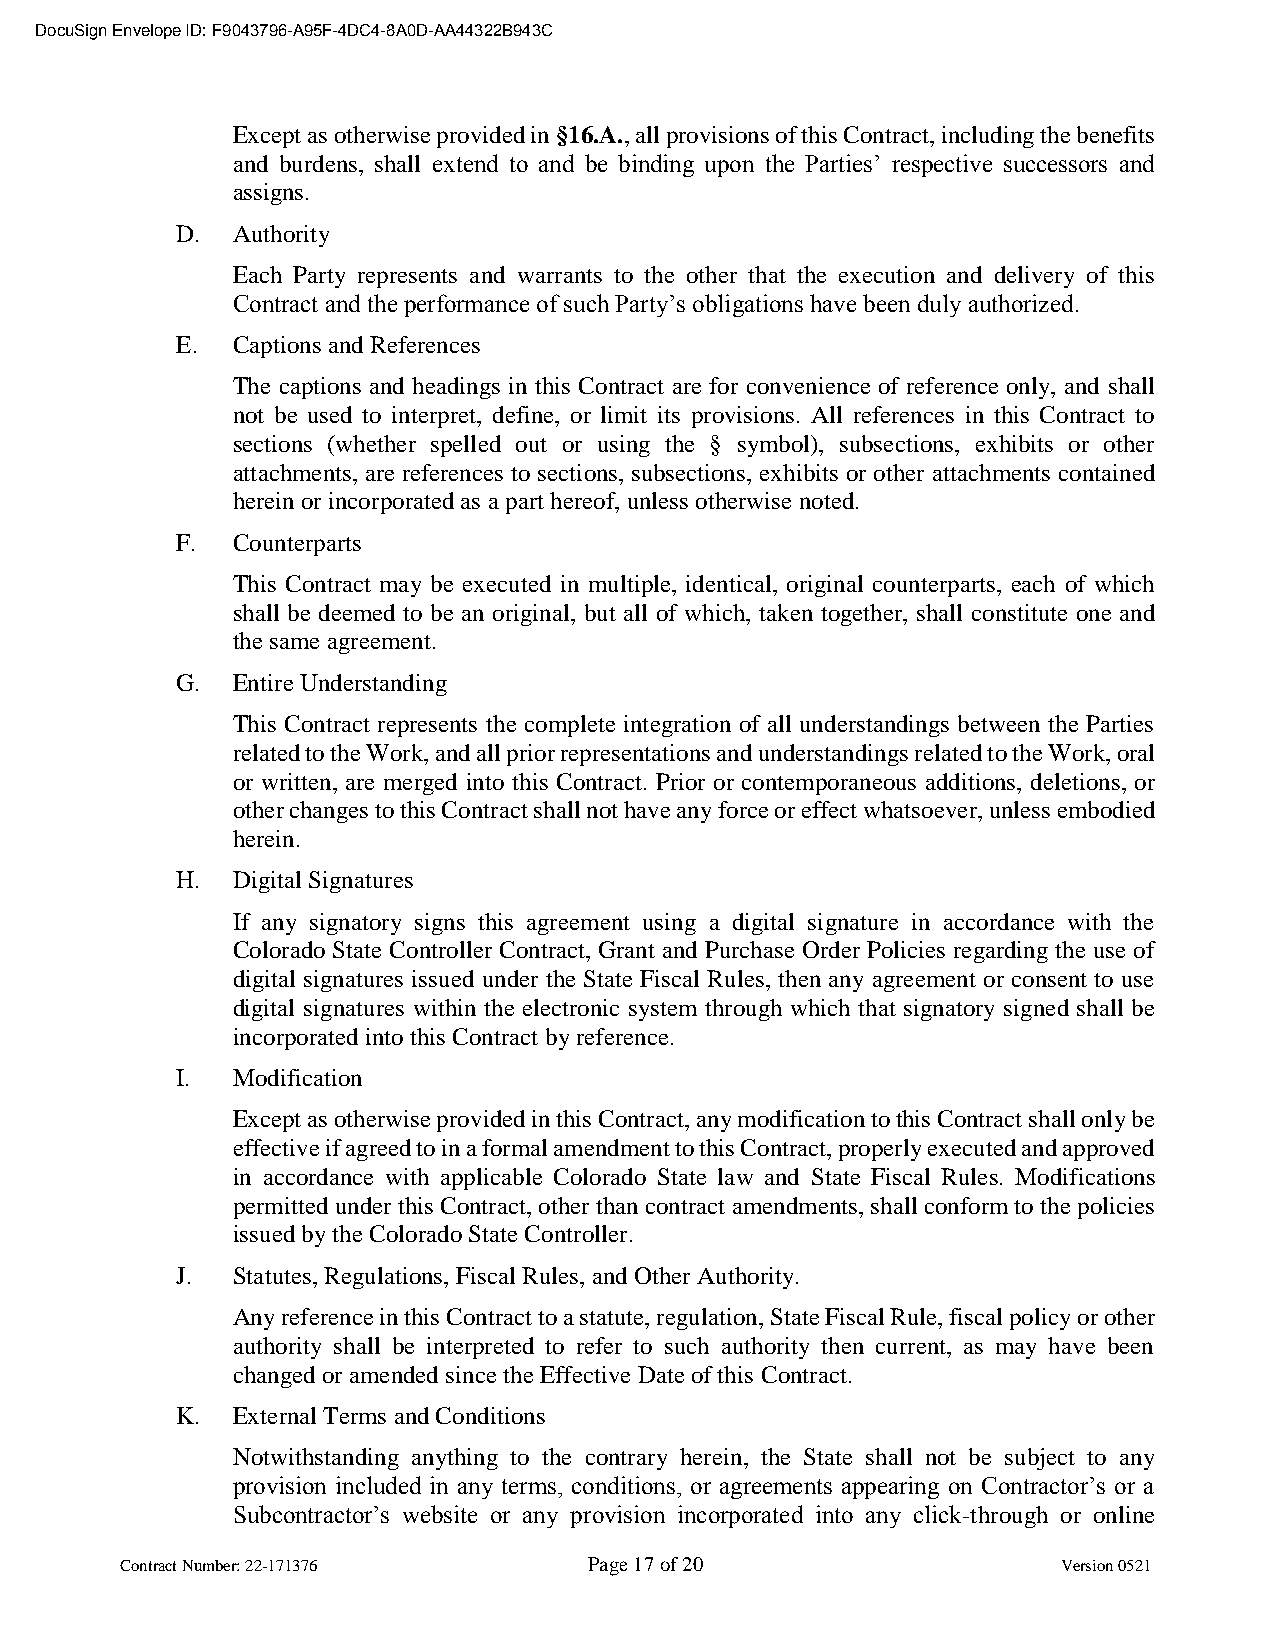
DocuSign Envelope ID: F9043796-A95F-4DC4-8A0D-AA44322B943C
 Except as otherwise provided in §16.A., all provisions of this Contract, including the benefits
 and burdens, shall extend to and be binding upon the Parties’ respective successors and
 assigns.
 D. Authority
 Each Party represents and warrants to the other that the execution and delivery of this
 Contract and the performance of such Party’s obligations have been duly authorized.
 E. Captions and References
 The captions and headings in this Contract are for convenience of reference only, and shall
 not be used to interpret, define, or limit its provisions. All references in this Contract to
 sections (whether spelled out or using the § symbol), subsections, exhibits or other
 attachments, are references to sections, subsections, exhibits or other attachments contained
 herein or incorporated as a part hereof, unless otherwise noted.
 F. Counterparts
 This Contract may be executed in multiple, identical, original counterparts, each of which
 shall be deemed to be an original, but all of which, taken together, shall constitute one and
 the same agreement.
 G. Entire Understanding
 This Contract represents the complete integration of all understandings between the Parties
 related to the Work, and all prior representations and understandings related to the Work, oral
 or written, are merged into this Contract. Prior or contemporaneous additions, deletions, or
 other changes to this Contract shall not have any force or effect whatsoever, unless embodied
 herein.
 H. Digital Signatures
 If any signatory signs this agreement using a digital signature in accordance with the
 Colorado State Controller Contract, Grant and Purchase Order Policies regarding the use of
 digital signatures issued under the State Fiscal Rules, then any agreement or consent to use
 digital signatures within the electronic system through which that signatory signed shall be
 incorporated into this Contract by reference.
 I. Modification
 Except as otherwise provided in this Contract, any modification to this Contract shall only be
 effective if agreed to in a formal amendment to this Contract, properly executed and approved
 in accordance with applicable Colorado State law and State Fiscal Rules. Modifications
 permitted under this Contract, other than contract amendments, shall conform to the policies
 issued by the Colorado State Controller.
 J. Statutes, Regulations, Fiscal Rules, and Other Authority.
 Any reference in this Contract to a statute, regulation, State Fiscal Rule, fiscal policy or other
 authority shall be interpreted to refer to such authority then current, as may have been
 changed or amended since the Effective Date of this Contract.
 K. External Terms and Conditions
 Notwithstanding anything to the contrary herein, the State shall not be subject to any
 provision included in any terms, conditions, or agreements appearing on Contractor’s or a
 Subcontractor’s website or any provision incorporated into any click-through or online
 Contract Number: 22-171376     Page 17 of 20                  Version 0521